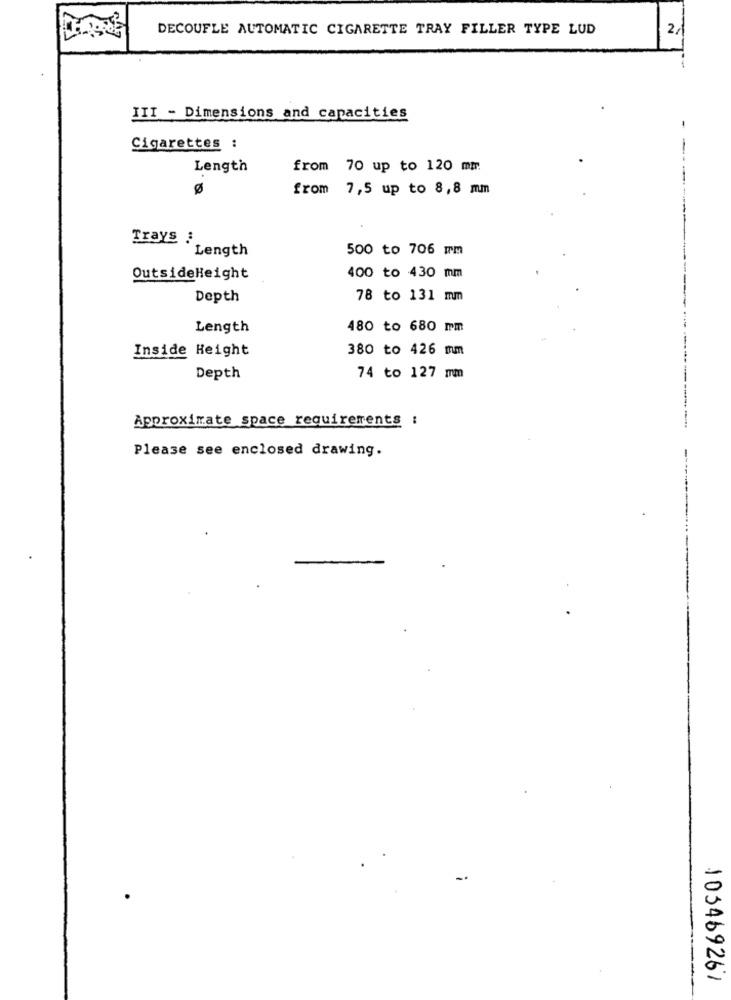
DECOUFLE AUTOMATIC CIGARETTE TRAY FILLER TYPE LUD
2
III - Dimensions and capacities
Cigarettes :
- -
Length
from 70 up to 120 mm
ø
from 7,5 up to 8,8 mm
Trays :
Length
500 to 706mm
OutsideHeight
400 to 430 mm
Depth
78 to 131 mm
Length
480 to 680 mm
Inside Height
380 to 426 mm
Depth
74 to 127 mm
Approximate space requirements :
Please see enclosed drawing.
105469267